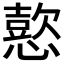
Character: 𢢶